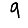
Digit: 9